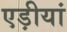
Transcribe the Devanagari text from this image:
एड़ीयां